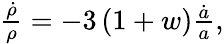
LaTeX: \begin{array}{r}{\frac{\dot{\rho}}{\rho}=-3\left(1+w\right)\frac{\dot{a}}{a},}\end{array}